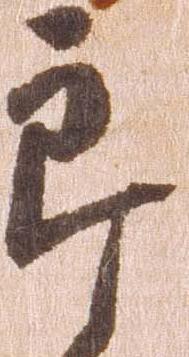
郎